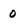
Character: 0